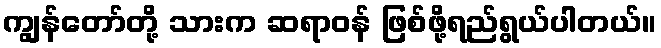
ကျွန်တော်တို့ သားက ဆရာဝန် ဖြစ်ဖို့ရည်ရွယ်ပါတယ်။